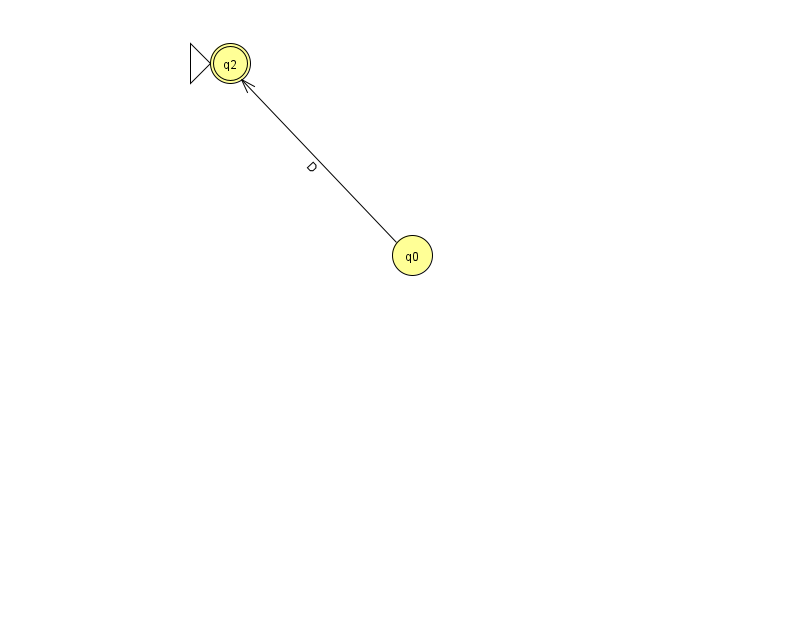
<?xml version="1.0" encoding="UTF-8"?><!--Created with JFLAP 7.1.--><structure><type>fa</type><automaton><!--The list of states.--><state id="0" name="q0"><x>412.0</x><y>242.0</y></state><state id="2" name="q2"><x>230.0</x><y>50.0</y><initial/><final/></state><!--The list of transitions.--><transition><from>0</from><to>2</to><read>D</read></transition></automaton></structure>